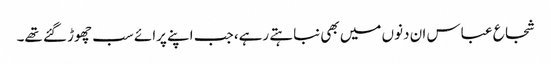
شجاع عباس ان دنوں میں بھی نباہتے رہے، جب اپنے پرائے سب چھوڑ گئے تھے۔